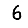
Digit: 6